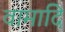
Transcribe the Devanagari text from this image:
वामादि